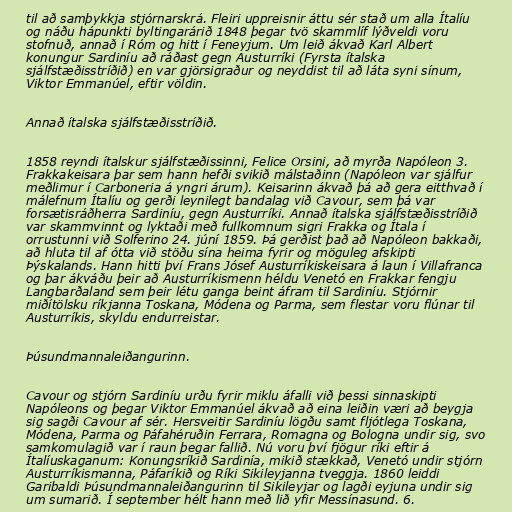
til að samþykkja stjórnarskrá. Fleiri uppreisnir áttu sér stað um alla Ítalíu
og náðu hápunkti byltingarárið 1848 þegar tvö skammlíf lýðveldi voru
stofnuð, annað í Róm og hitt í Feneyjum. Um leið ákvað Karl Albert
konungur Sardiníu að ráðast gegn Austurríki (Fyrsta ítalska
sjálfstæðisstríðið) en var gjörsigraður og neyddist til að láta syni sínum,
Viktor Emmanúel, eftir völdin.

Annað ítalska sjálfstæðisstríðið.

1858 reyndi ítalskur sjálfstæðissinni, Felice Orsini, að myrða Napóleon 3.
Frakkakeisara þar sem hann hefði svikið málstaðinn (Napóleon var sjálfur
meðlimur í Carboneria á yngri árum). Keisarinn ákvað þá að gera eitthvað í
málefnum Ítalíu og gerði leynilegt bandalag við Cavour, sem þá var
forsætisráðherra Sardiníu, gegn Austurríki. Annað ítalska sjálfstæðisstríðið
var skammvinnt og lyktaði með fullkomnum sigri Frakka og Ítala í
orrustunni við Solferino 24. júní 1859. Þá gerðist það að Napóleon bakkaði,
að hluta til af ótta við stöðu sína heima fyrir og möguleg afskipti
Þýskalands. Hann hitti því Frans Jósef Austurríkiskeisara á laun í Villafranca
og þar ákváðu þeir að Austurríkismenn héldu Venetó en Frakkar fengju
Langbarðaland sem þeir létu ganga beint áfram til Sardiníu. Stjórnir
miðítölsku ríkjanna Toskana, Módena og Parma, sem flestar voru flúnar til
Austurríkis, skyldu endurreistar.

Þúsundmannaleiðangurinn.

Cavour og stjórn Sardiníu urðu fyrir miklu áfalli við þessi sinnaskipti
Napóleons og þegar Viktor Emmanúel ákvað að eina leiðin væri að beygja
sig sagði Cavour af sér. Hersveitir Sardiníu lögðu samt fljótlega Toskana,
Módena, Parma og Páfahéruðin Ferrara, Romagna og Bologna undir sig, svo
samkomulagið var í raun þegar fallið. Nú voru því fjögur ríki eftir á
Ítalíuskaganum: Konungsríkið Sardinía, mikið stækkað, Venetó undir stjórn
Austurríkismanna, Páfaríkið og Ríki Sikileyjanna tveggja. 1860 leiddi
Garibaldi Þúsundmannaleiðangurinn til Sikileyjar og lagði eyjuna undir sig
um sumarið. Í september hélt hann með lið yfir Messínasund. 6.